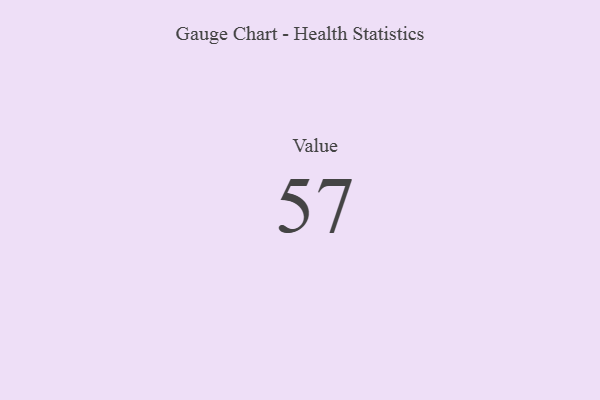
{"axis": {"x": "Metric", "y": "Value"}, "legend": [""], "data": [{"x": "Value", "y": 57, "type": ""}]}